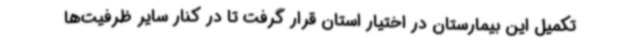
تکمیل این بیمارستان در اختیار استان قرار گرفت تا در کنار سایر ظرفیت‌ها